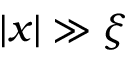
| x | \gg \xi